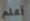
أعلم